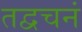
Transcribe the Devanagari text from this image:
तद्वचनं